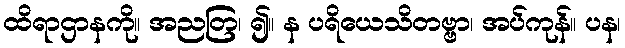
ထိရာဌာနကို။ အညတြ၊ ၍။ န ပရိယေသိတဗ္ဗာ၊ အပ်ကုန်။ ပန၊